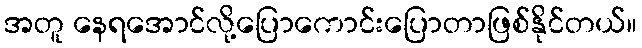
အတူ နေရအောင်လို့ပြောကောင်းပြောတာဖြစ်နိုင်တယ်။